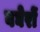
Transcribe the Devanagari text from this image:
बघेरों